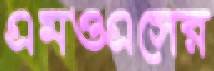
এমওএসের